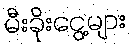
မီးခိုးငွေ့များ